Report on lock hospitals in British Burma
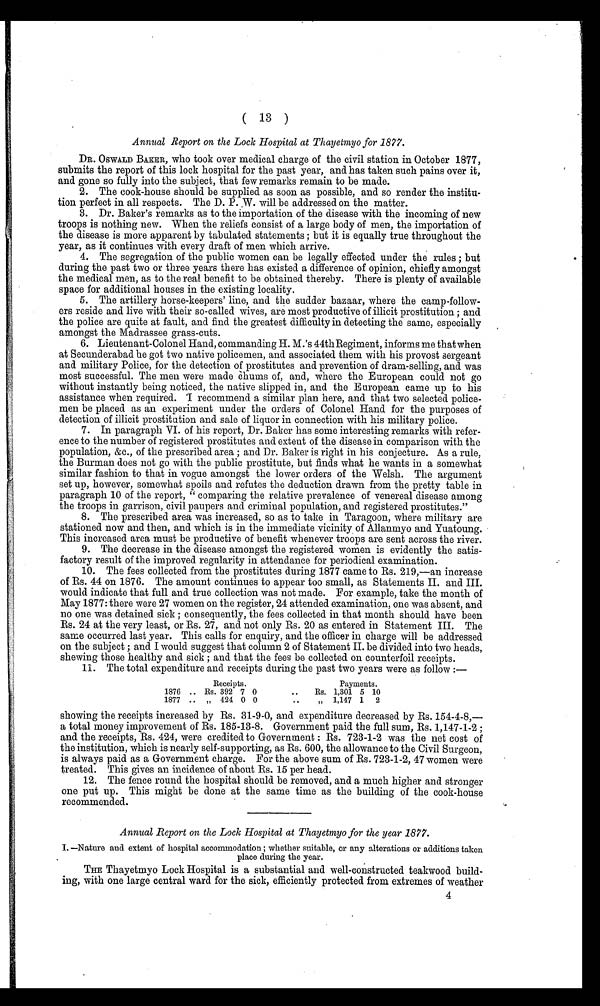
( 13 )
Annual Report on the Lock Hospital at Thayetmyo for 1877.
DR. OSWALD BAKER, who took over medical charge of the civil station in October 1877,
submits the report of this lock hospital for the past year, and has taken such pains over it,
and gone so fully into the subject, that few remarks remain to be made.
2. The cook-house should be supplied as soon as possible, and so render the institu-
tion perfect in all respects. The D. P. W. will be addressed on the matter.
3. Dr. Baker's remarks as to the importation of the disease with the incoming of new
troops is nothing new. When the reliefs consist of a large body of men, the importation of
the disease is more apparent by tabulated statements ; but it is equally true throughout the
year, as it continues with every draft of men which arrive.
4. The segregation of the public women can be legally effected under the rules ; but
during the past two or three years there has existed a difference of opinion, chiefly amongst
the medical men, as to the real benefit to be obtained thereby. There is plenty of available
space for additional houses in the existing locality.
5. The artillery horse-keepers' line, and the rudder bazaar, where the camp-follow-
ers reside and live with their so-called wives, are most productive of illicit prostitution ; and
the police are quite at fault, and find the greatest difficulty in detecting the same, especially
amongst the Madrassee grass-cuts.
6. Lieutenant-Colonel Hand, commanding H. M.'s 44th Regiment, informs me that when
at Secunderabad he got two native policemen, and associated them with his provost sergeant
and military Police, for the detection of prostitutes and prevention of dram-selling, and was
most successful. The men were made chums of, and, where the European could not go
without instantly being noticed, the native slipped in, and the European came up to his
assistance when required. I recommend a similar plan here, and that two selected police-
men be placed as an experiment under the orders of Colonel Hand for the purposes of
detection of illicit prostitution and sale of liquor in connection with his military police.
7. In paragraph VI. of his report, Dr. Baker has some interesting remarks with refer-
-ence to the number of registered prostitutes and extent of the disease in comparison with the
population, &c., of the prescribed area ; and Dr. Baker is right in his conjecture. As a rule,
the Burman does not go with the public prostitute, but finds what he wants in a somewhat
similar fashion to that in vogue amongst the lower orders of the Welsh. The argument
set up, however, somewhat spoils and refutes the deduction drawn from the pretty table in
paragraph 10 of the report, " comparing the relative prevalence of venereal disease among
the troops in garrison, civil paupers and criminal population, and registered prostitutes."
8. The prescribed area was increased, so as to take in Taragoon, where military are
stationed now and then, and which is in the immediate vicinity of Allanmyo and Yuatoung.
This increased area must be productive of benefit whenever troops are sent across the river.
9. The decrease in the disease amongst the registered women is evidently the satis-
factory result of the improved regularity in attendance for periodical examination.
10. The fees collected from the prostitutes during 1877 came to Rs. 219,—an increase
of Rs. 44 on 1876. The amount continues to appear too small, as Statements II. and III.
would indicate that full and true collection was not made. For example, take the month of
May 1877: there were 27 women on the register, 24 attended examination, one was absent, and
no one was detained sick ; consequently, the fees collected in that month should have been
Rs. 24 at the very least, or Rs. 27, and not only Rs. 20 as entered in Statement III. The
same occurred last year. This calls for enquiry, and the officer in charge will be addressed
on the subject ; and I would suggest that column 2 of Statement II. be divided into two heads,
shewing those healthy and sick ; and that the fees be collected on counterfoil receipts.
11. The total expenditure and receipts during the past two years were as follow :—
Receipts.
Payments.
1876 .. Rs. 392 7 0
..
Rs. 1,301 5 10
1877 .. „ 424 0 0
. .
,, 1,147 1 2
showing the receipts increased by Rs. 31-9-0, and expenditure decreased by Rs. 154-4-8,-
a total money improvement of Rs. 185-13-8. Government paid the full sum, Rs. 1,147-1-2 ;
and the receipts, Rs. 424, were credited to Government : Rs. 723-1-2 was the net cost of
the institution, which is nearly self-supporting, as Rs. 600, the allowance to the Civil Surgeon,
is always paid as a Government charge. For the above sum of Rs. 723-1-2, 47 women were
treated. This gives an incidence of about Rs. 15 per head.
12. The fence round the hospital should be removed, and a much higher and stronger
one put up. This might be done at the same time as the building of the cook-house
recommended.
Annual Report on the Lock Hospital at Thayetmyo for the year 1877.
I. —Nature and extent of hospital accommodation ; whether suitable, or any alterations or additions taken
place during the year.
THE Thayetmyo Lock Hospital is a substantial and well-constructed teakwood build-
ing, with one large central ward for the sick, efficiently protected from extremes of weather
4